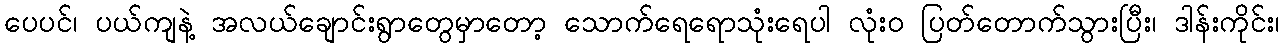
ပေပင်၊ ပယ်ကျနဲ့ အလယ်ချောင်းရွာတွေမှာတော့ သောက်ရေရောသုံးရေပါ လုံး၀ ပြတ်တောက်သွားပြီး၊ ဒါန်းကိုင်း၊